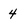
Character: 4